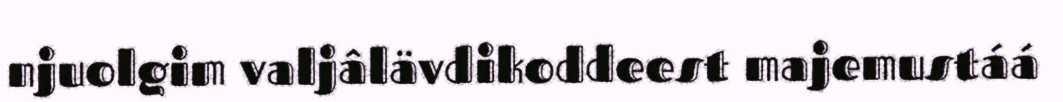
njuolgim valjâlävdikoddeest majemustáá